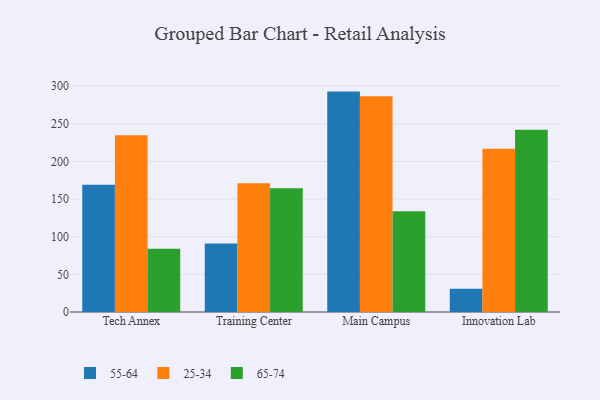
{"axis": {"x": "Campus", "y": "Inventory Turnover"}, "legend": ["25-34", "55-64", "65-74"], "data": [{"x": "Tech Annex", "y": 168.9, "type": "55-64"}, {"x": "Tech Annex", "y": 234.7, "type": "25-34"}, {"x": "Tech Annex", "y": 84.1, "type": "65-74"}, {"x": "Training Center", "y": 90.9, "type": "55-64"}, {"x": "Training Center", "y": 171.1, "type": "25-34"}, {"x": "Training Center", "y": 164.3, "type": "65-74"}, {"x": "Main Campus", "y": 292.8, "type": "55-64"}, {"x": "Main Campus", "y": 286.6, "type": "25-34"}, {"x": "Main Campus", "y": 133.9, "type": "65-74"}, {"x": "Innovation Lab", "y": 30.8, "type": "55-64"}, {"x": "Innovation Lab", "y": 216.8, "type": "25-34"}, {"x": "Innovation Lab", "y": 242.2, "type": "65-74"}]}